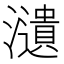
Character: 瀢